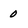
Character: 0